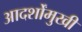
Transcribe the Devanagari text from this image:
आदर्शोंमुखी